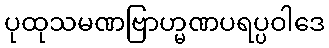
ပုထုသမဏဗြာဟ္မဏပရပ္ပဝါဒေ